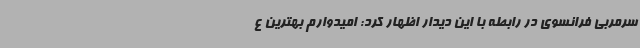
سرمربی فرانسوی در رابطه با این دیدار اظهار کرد: امیدوارم بهترین ع